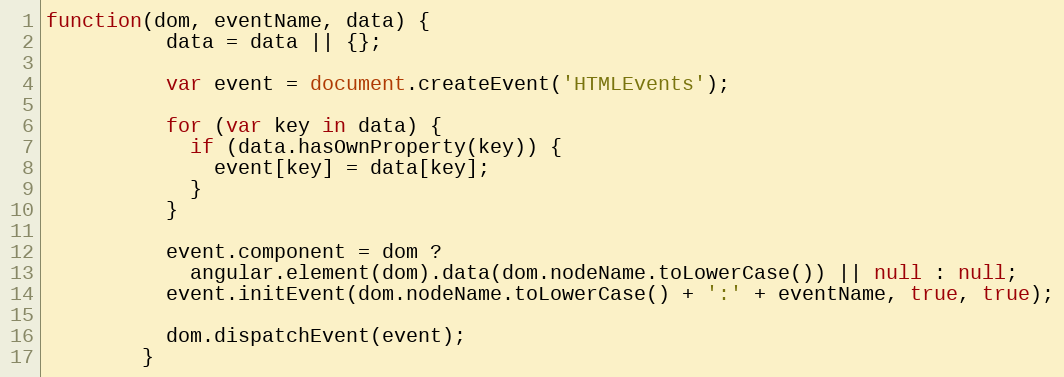
Language: JavaScript
function(dom, eventName, data) {
          data = data || {};

          var event = document.createEvent('HTMLEvents');

          for (var key in data) {
            if (data.hasOwnProperty(key)) {
              event[key] = data[key];
            }
          }

          event.component = dom ?
            angular.element(dom).data(dom.nodeName.toLowerCase()) || null : null;
          event.initEvent(dom.nodeName.toLowerCase() + ':' + eventName, true, true);

          dom.dispatchEvent(event);
        }